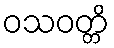
ဝသဝတ္တိ